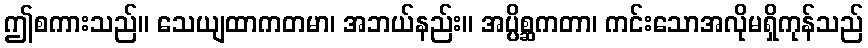
ဤစကားသည်။ သေယျထာကတမာ၊ အဘယ်နည်း။ အပ္ပိစ္ဆကတာ၊ ကင်းသောအလိုမရှိကုန်သည်